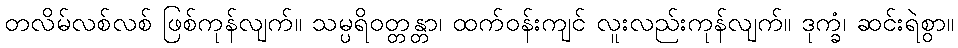
တလိမ်လစ်လစ် ဖြစ်ကုန်လျက်။ သမ္ပရိဝတ္တန္တာ၊ ထက်ဝန်းကျင် လူးလည်းကုန်လျက်။ ဒုက္ခံ၊ ဆင်းရဲစွာ။